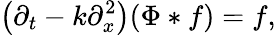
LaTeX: \left(\partial_{t}-k\partial_{x}^{2}\right)(\Phi*f)=f,